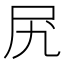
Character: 𫝲